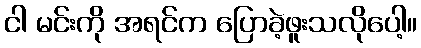
ငါ မင်းကို အရင်က ပြောခဲ့ဖူးသလိုပေါ့။